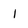
Character: 1